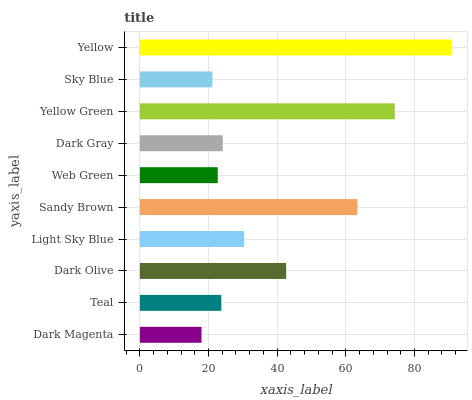
| yaxis_label | bars |
 | --- | --- |
 | Dark Magenta | 18 |
 | Teal | 23.7 |
 | Dark Olive | 42.6 |
 | Light Sky Blue | 30.4 |
 | Sandy Brown | 63.4 |
 | Web Green | 22.7 |
 | Dark Gray | 24.1 |
 | Yellow Green | 74.3 |
 | Sky Blue | 21.1 |
 | Yellow | 90.9 |